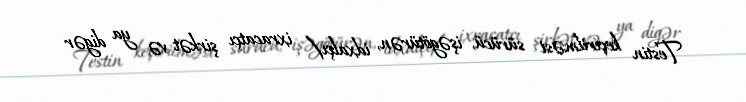
Testin keçirilməsi sürücü, işəgötürən, idxalçı/ ixracatçı şirkət və ya digər